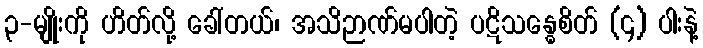
၃-မျိုးကို ဟိတ်လို့ ခေါ်တယ်၊ အသိဉာဏ်မပါတဲ့ ပဋိသန္ဓေစိတ် (၄) ပါးနဲ့